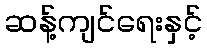
ဆန့်ကျင်ရေးနှင့်